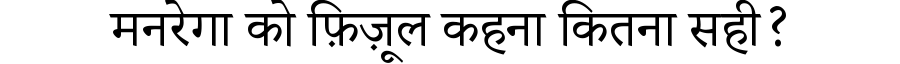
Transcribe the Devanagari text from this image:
मनरेगा को फ़िज़ूल कहना कितना सही?